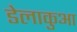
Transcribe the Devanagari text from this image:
डेलाकुआ